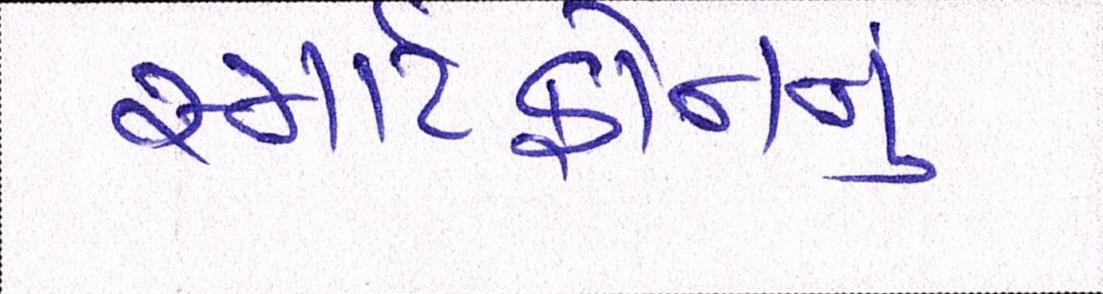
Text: સ્માર્ટફોનનું